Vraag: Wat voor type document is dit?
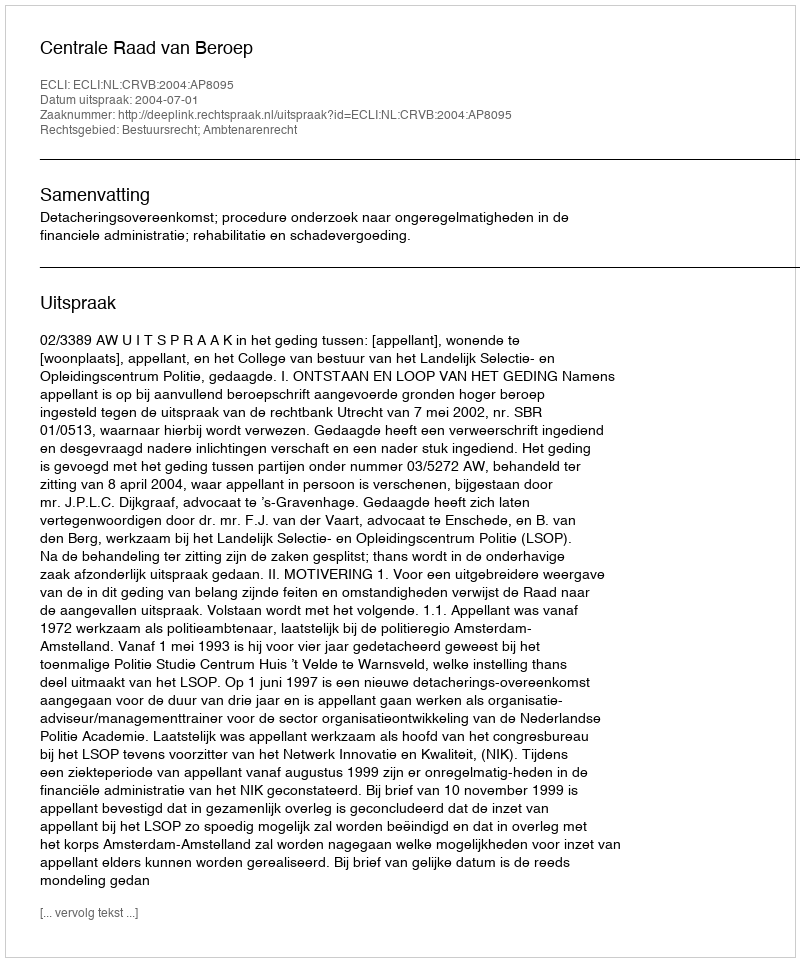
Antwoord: Uitspraak